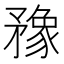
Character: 䂊